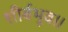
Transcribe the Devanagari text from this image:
शीर्बभूव॥